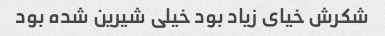
شکرش خیای زیاد بود خیلی شیرین شده بود